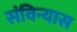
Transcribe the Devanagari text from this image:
संविन्यास